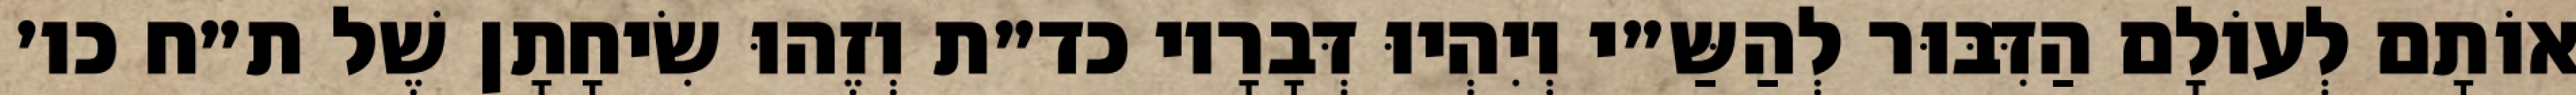
אוֹתָם לְעוֹלָם הַדִּבּוּר לְהַשַּ״י וְיִהְיוּ דְּבָרָיו כד״ת וְזֶהוּ שִׂיחָתָן שֶׁל ת״ח כו׳